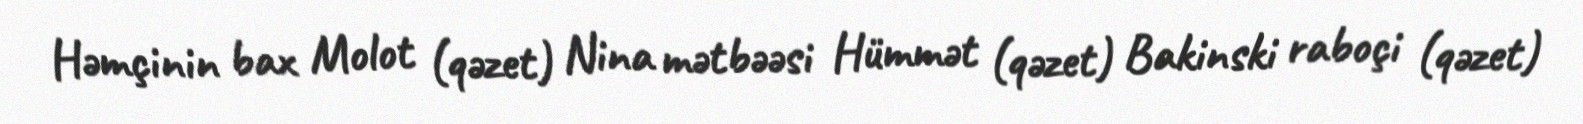
Həmçinin bax Molot (qəzet) Nina mətbəəsi Hümmət (qəzet) Bakinski raboçi (qəzet)